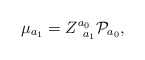
\begin{align*}\mu _{a_1}=Z_{\;\;a_1}^{a_0}{\cal P}_{a_0},\end{align*}